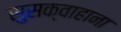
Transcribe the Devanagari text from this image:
सुसक्वाहाना